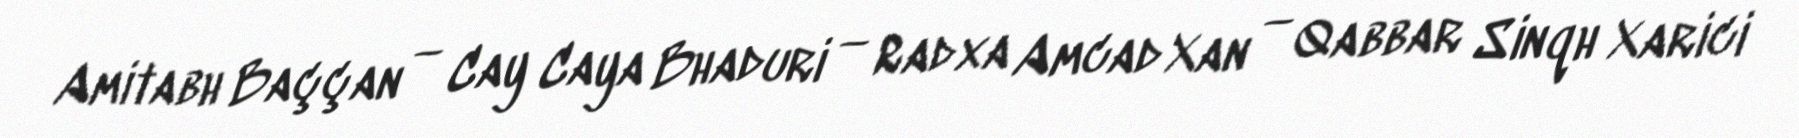
Amitabh Baççan — Cay Caya Bhaduri — Radxa Amcad Xan — Qabbar Sinqh Xarici